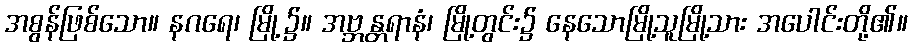
အစွန်ဖြစ်သော။ နဂရေ၊ မြို့၌။ အဗ္ဘန္တရာနံ၊ မြို့တွင်း၌ နေသောမြို့သူမြို့သား အပေါင်းတို့၏။